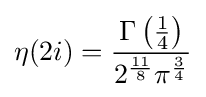
\eta (2i)={\frac {\Gamma \left({\frac {1}{4}}\right)}{2^{\frac {11}{8}}\pi ^{\frac {3}{4}}}}